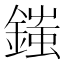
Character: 䥀